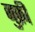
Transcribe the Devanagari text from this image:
नुक्री